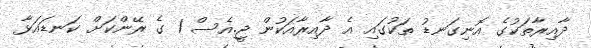
ދާއިރާތަކުގެ އޮނިގަނޑު ތަކުގައި އެ ދާއިރާއަކުން ޖީ.އެސް 1 ގެ ރޭންކަށް ކަނޑައަޅާ